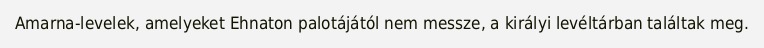
Amarna-levelek, amelyeket Ehnaton palotájától nem messze, a királyi levéltárban találtak meg.